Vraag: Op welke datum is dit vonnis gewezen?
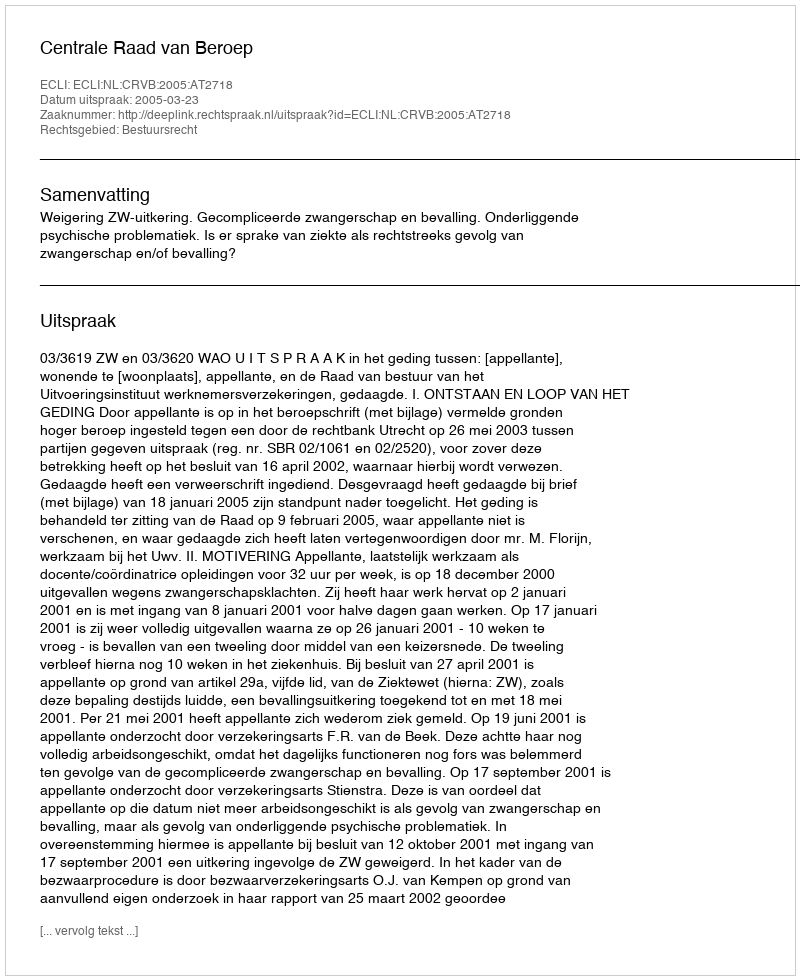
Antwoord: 2005-03-23